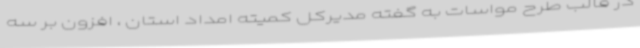
در قالب طرح مواسات به گفته مدیرکل کمیته امداد استان ، افزون بر سه